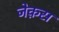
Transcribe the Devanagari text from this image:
जेक़स